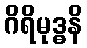
ဂိရိမုဒ္ဓနိ